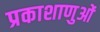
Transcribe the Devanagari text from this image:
प्रकाशाणुओं